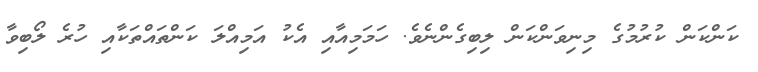
ކަންކަން ކުރުމުގެ މިނިވަންކަން ލިބިގެންނެވެ. ހަމަމިއާއި އެކު އަމިއްލަ ކަންތައްތަކާއި ހުރެ ލޯބިވާ